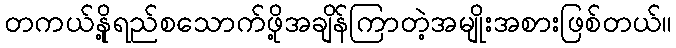
တကယ်နို့ရည်စသောက်ဖို့အချိန်ကြာတဲ့အမျိုးအစားဖြစ်တယ်။